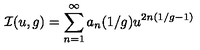
{ \cal I } ( u , g ) = \sum _ { n = 1 } ^ { \infty } a _ { n } ( 1 / g ) u ^ { 2 n ( 1 / g - 1 ) }